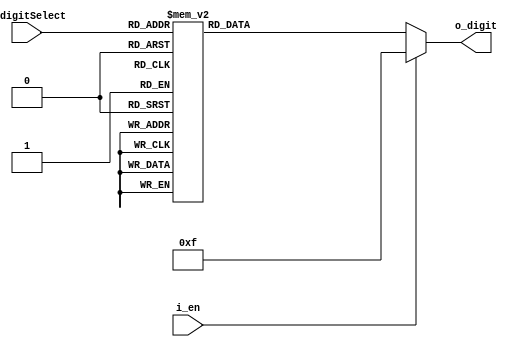
module DigitSelect_Decoder(
        input [2:0] i_digitSelect,
        input i_en,
        output [3:0] o_digit
    );

    reg [3:0] r_digit;

    assign o_digit = r_digit;

    always @(i_digitSelect or i_en) begin
        if(i_en) begin
            r_digit = 4'b1111;
        end
        else begin
            case (i_digitSelect)
                3'b000 : r_digit <= 4'b1110;
                3'b001 : r_digit <= 4'b1101;
                3'b010 : r_digit <= 4'b1011;
                3'b011 : r_digit <= 4'b0111;
                
                3'b100 : r_digit <= 4'b1110;
                3'b101 : r_digit <= 4'b1101;
                3'b110 : r_digit <= 4'b1011;
                3'b111 : r_digit <= 4'b0111;
                default : r_digit = 4'b1111;
            endcase
        end
    end

endmodule